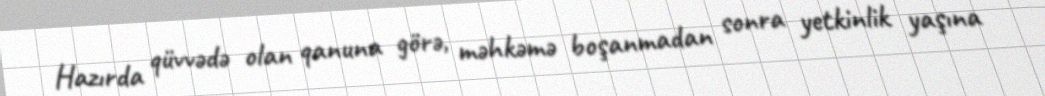
Hazırda qüvvədə olan qanuna görə, məhkəmə boşanmadan sonra yetkinlik yaşına